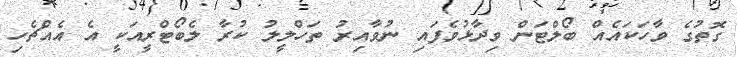
ގޮތުގެ ވާހަކައެއް ބޯލްޓަން ވިދާޅުވެފައި ނުވާއިރު ތަހްލީލު ކުރާ ލެބޯޓްރީއަކީ އެ އެއްޗެހި